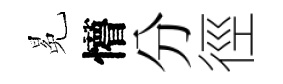
冕懵分徑